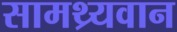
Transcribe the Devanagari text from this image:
सामथ्र्यवान